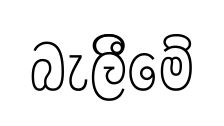
බැලිීමේ